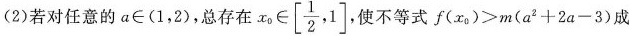
(2)若对任意的$$a\in (1，2)$$，总存在$$x_{0} \in \left[ \frac{1}{2},1 \right]$$,使不等式$$f(x_{0})>m(a^{2}+2a-3)$$成